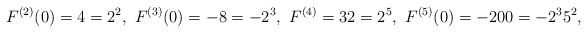
\begin{align*}F^{(2)}(0)=4=2^2,\ F^{(3)}(0)=-8=-2^3,\ F^{(4)}=32=2^5,\ F^{(5)}(0)=-200=-2^{3}5^{2}, \end{align*}